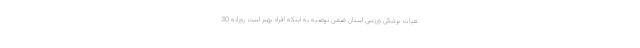
هیات پزشکی ورزشی استان ضمن توصیه به اینکه افراد بهتر است روزانه 30